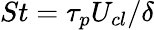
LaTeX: St=\tau_{p}U_{cl}/\delta